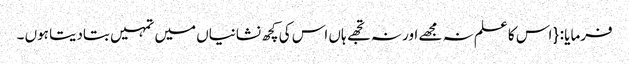
فرمایا : { اس کا علم نہ مجھے اور نہ تجھے ہاں اس کی کچھ نشانیاں میں تمہیں بتادیتا ہوں ۔